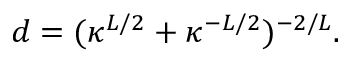
d = ( \kappa ^ { L / 2 } + \kappa ^ { - L / 2 } ) ^ { - 2 / L } .